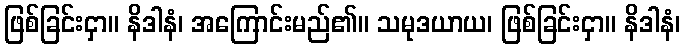
ဖြစ်ခြင်းငှာ။ နိဒါနံ၊ အကြောင်းမည်၏။ သမုဒယာယ၊ ဖြစ်ခြင်းငှာ။ နိဒါနံ၊